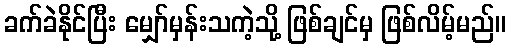
ခက်ခဲနိုင်ပြီး မျှော်မှန်းသကဲ့သို့ ဖြစ်ချင်မှ ဖြစ်လိမ့်မည်။